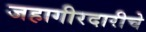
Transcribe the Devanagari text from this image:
जहागीरदारीचे